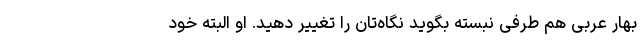
بهار عربی هم طرفی نبسته بگوید نگاه‌تان را تغییر دهید. او البته خود